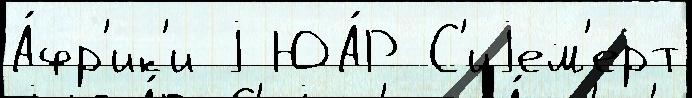
А́фр'ик'и j ЮА́Р С'иjем'ерт